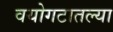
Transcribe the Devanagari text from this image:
वयोगटातल्या